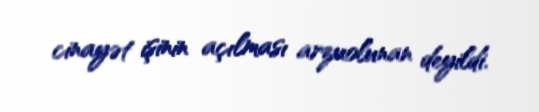
cinayət işinin açılması arzuolunan deyildi.